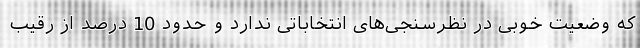
که وضعیت خوبی در نظرسنجی‌های انتخاباتی ندارد و حدود 10 درصد از رقیب